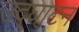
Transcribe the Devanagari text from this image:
उद्‌घाटन